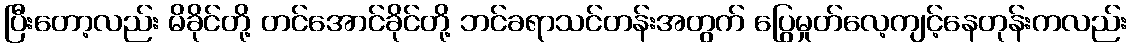
ပြီးတော့လည်း မိခိုင်တို့ တင်အောင်ခိုင်တို့ ဘင်ခရာသင်တန်းအတွက် ပြွေမှုတ်လေ့ကျင့်နေတုန်းကလည်း